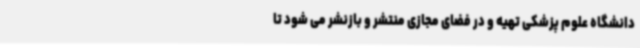
دانشگاه علوم پزشکی تهیه و در فضای مجازی منتشر و بازنشر می شود تا